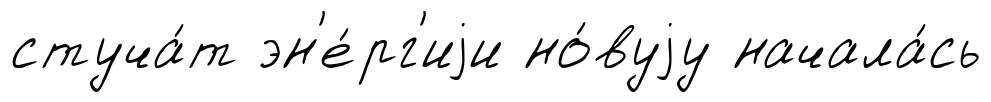
стуча́т эн'е́рг'иjи но́вуjу начала́сь